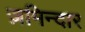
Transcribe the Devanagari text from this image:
ज़मिन्दार